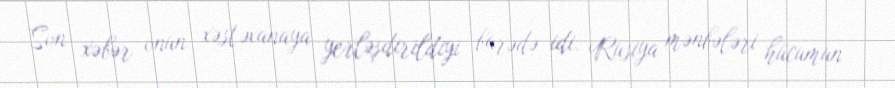
Son xəbər onun xəstəxanaya yerləşdirildiyi barədə idi. Rusiya mənbələri hücumun